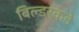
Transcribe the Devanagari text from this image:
बिल्डरकडे